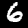
Label: 6